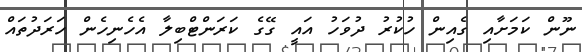
ނޫން ކަމަށާއި ގެއިން ހުކުރު ދުވަހު އައީ ގޭގެ ކަރަންޓްބިލާ އެހެނިހެން ހަރަދުތައް